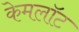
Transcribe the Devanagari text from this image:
केमलॉट